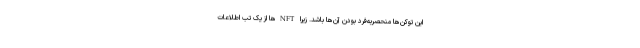
این توکن‌ها منحصربه‌فرد بودن آن‌ها باشد. زیرا NFTها از یک تب اطلاعات